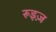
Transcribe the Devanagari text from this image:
रूइज़